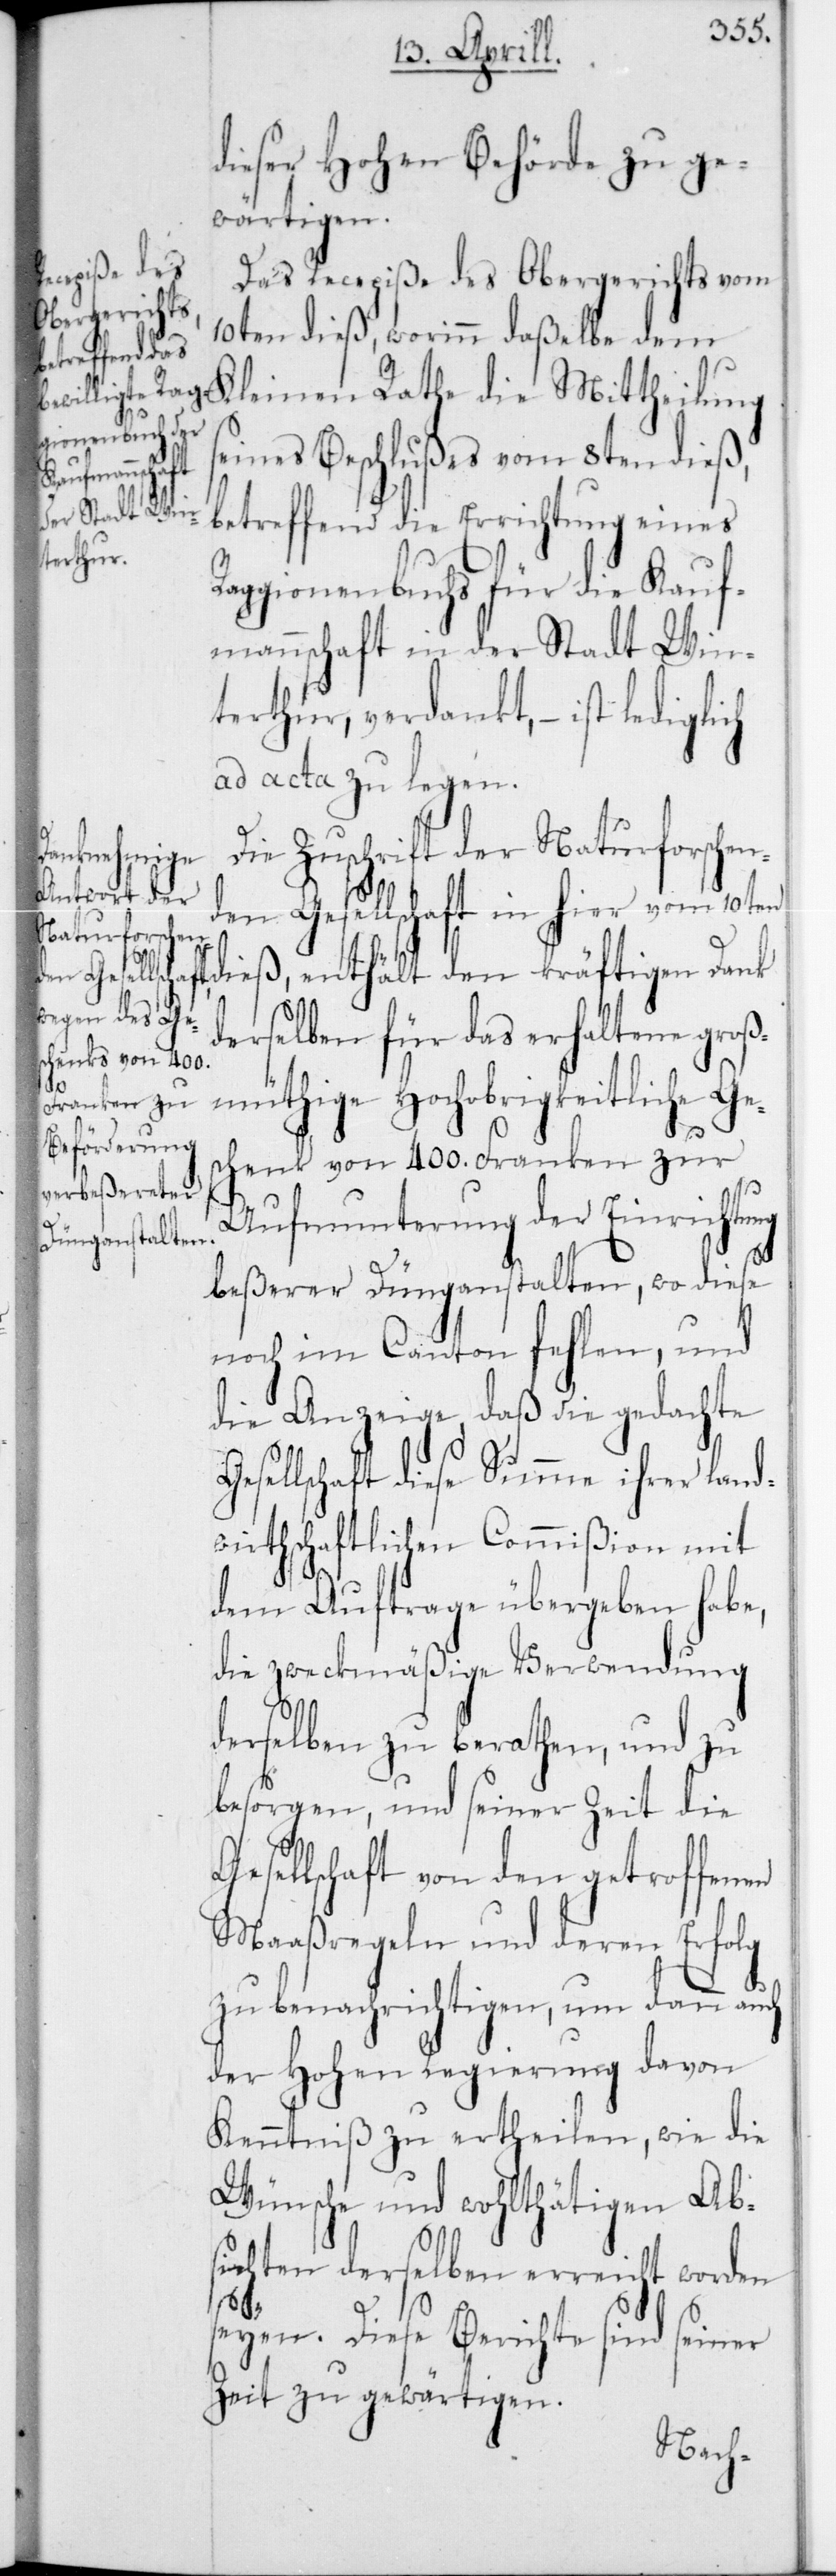
dieser Hohen Behörde zu ge¬
wärtigen.
Das Recepiße des Obergerichts vom
10ten dieß, worin daßelbe dem
Kleinen Rathe die Mittheilung
seines Beschlußes vom 8ten dieß,
betreffend die Errichtung eines
Raggionenbuchs für die Kauf¬
mannschaft in der Stadt Win¬
terthur, verdankt, – ist
ad acta zu legen.
Die Zuschrift der Naturforschen¬
den Gesellschaft in hier vom 10ten
dieß, enthält den kräftigen Dank
derselben für das erhaltene groß¬
müthige Hochobrigkeitliche Ges¬
chenk von 400 Franken zur
Aufmunterung der Einrichtung
beßerer Dünganstalten, wo diese
noch im Canton fehlen, und
die Anzeige, daß die gedachte
sellschaft diese Summe ihrer land¬
wirthschaftlichen Commißion mit
dem Auftrage übergeben habe,
die zweckmäßige Verwendung
derselben zu berathen, und zu
besorgen, und seiner Zeit die
Gesellschaft von den getroffenen
Maaßregeln und deren Erfolg
zu benachrichtigen, um dann auch
der Hohen Regierung davon
Kenntniß zu ertheilen, wie die
Wünsche und wohlthätigen Abs¬
ichten derselben erreicht worden
seyen. Diese Berichte sind seiner
Zeit zu gewärtigen.
Ge¬